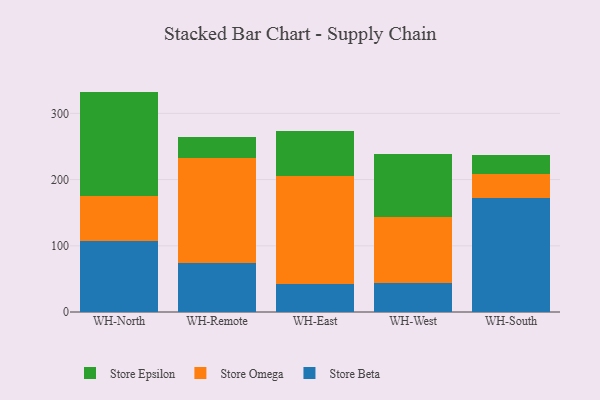
{"axis": {"x": "Warehouse", "y": "Satisfaction Score"}, "legend": ["Store Beta", "Store Epsilon", "Store Omega"], "data": [{"x": "WH-North", "y": 106.5, "type": "Store Beta"}, {"x": "WH-North", "y": 69.1, "type": "Store Omega"}, {"x": "WH-North", "y": 157.3, "type": "Store Epsilon"}, {"x": "WH-Remote", "y": 74.3, "type": "Store Beta"}, {"x": "WH-Remote", "y": 157.6, "type": "Store Omega"}, {"x": "WH-Remote", "y": 32.0, "type": "Store Epsilon"}, {"x": "WH-East", "y": 41.6, "type": "Store Beta"}, {"x": "WH-East", "y": 163.7, "type": "Store Omega"}, {"x": "WH-East", "y": 67.8, "type": "Store Epsilon"}, {"x": "WH-West", "y": 43.3, "type": "Store Beta"}, {"x": "WH-West", "y": 100.8, "type": "Store Omega"}, {"x": "WH-West", "y": 94.3, "type": "Store Epsilon"}, {"x": "WH-South", "y": 172.7, "type": "Store Beta"}, {"x": "WH-South", "y": 35.1, "type": "Store Omega"}, {"x": "WH-South", "y": 28.7, "type": "Store Epsilon"}]}